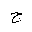
Letter: _gim